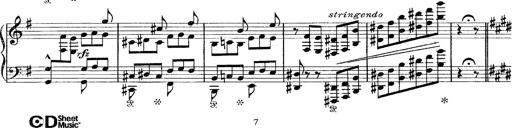
Title: Tarantelle di bravura dâ€™aprÃ¨s la tarantelle de La muette de Portici
Composer: Franz Liszt